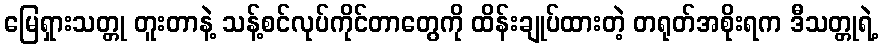
မြေရှားသတ္တု တူးတာနဲ့ သန့်စင်လုပ်ကိုင်တာတွေကို ထိန်းချုပ်ထားတဲ့ တရုတ်အစိုးရက ဒီသတ္တုရဲ့